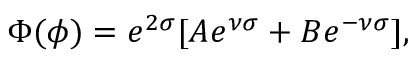
\Phi ( \phi ) = e ^ { 2 \sigma } [ A e ^ { \nu \sigma } + B e ^ { - \nu \sigma } ] ,